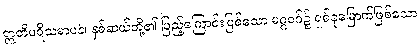
ဣတိပရိသမာပနံ၊ နှစ်ဆယ်တို့၏ ပြည့်ကြောင်းဖြစ်သော မဂ္ဂဝဂ်၌ ရှစ်ခုမြောက်ဖြစ်သော